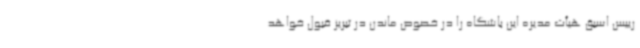
رییس اسبق هیأت مدیره این باشگاه را در خصوص ماندن در تبریز قبول خواهد